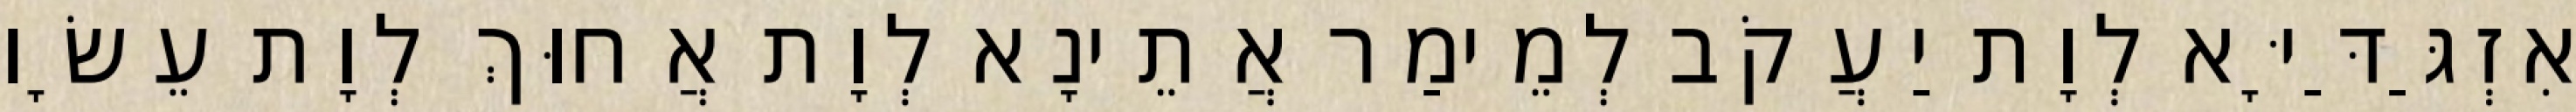
אִזְגַּדַּיָּא לְוָת יַעֲקֹב לְמֵימַר אֲתֵינָא לְוָת אֲחוּךְ לְוָת עֵשָׂו